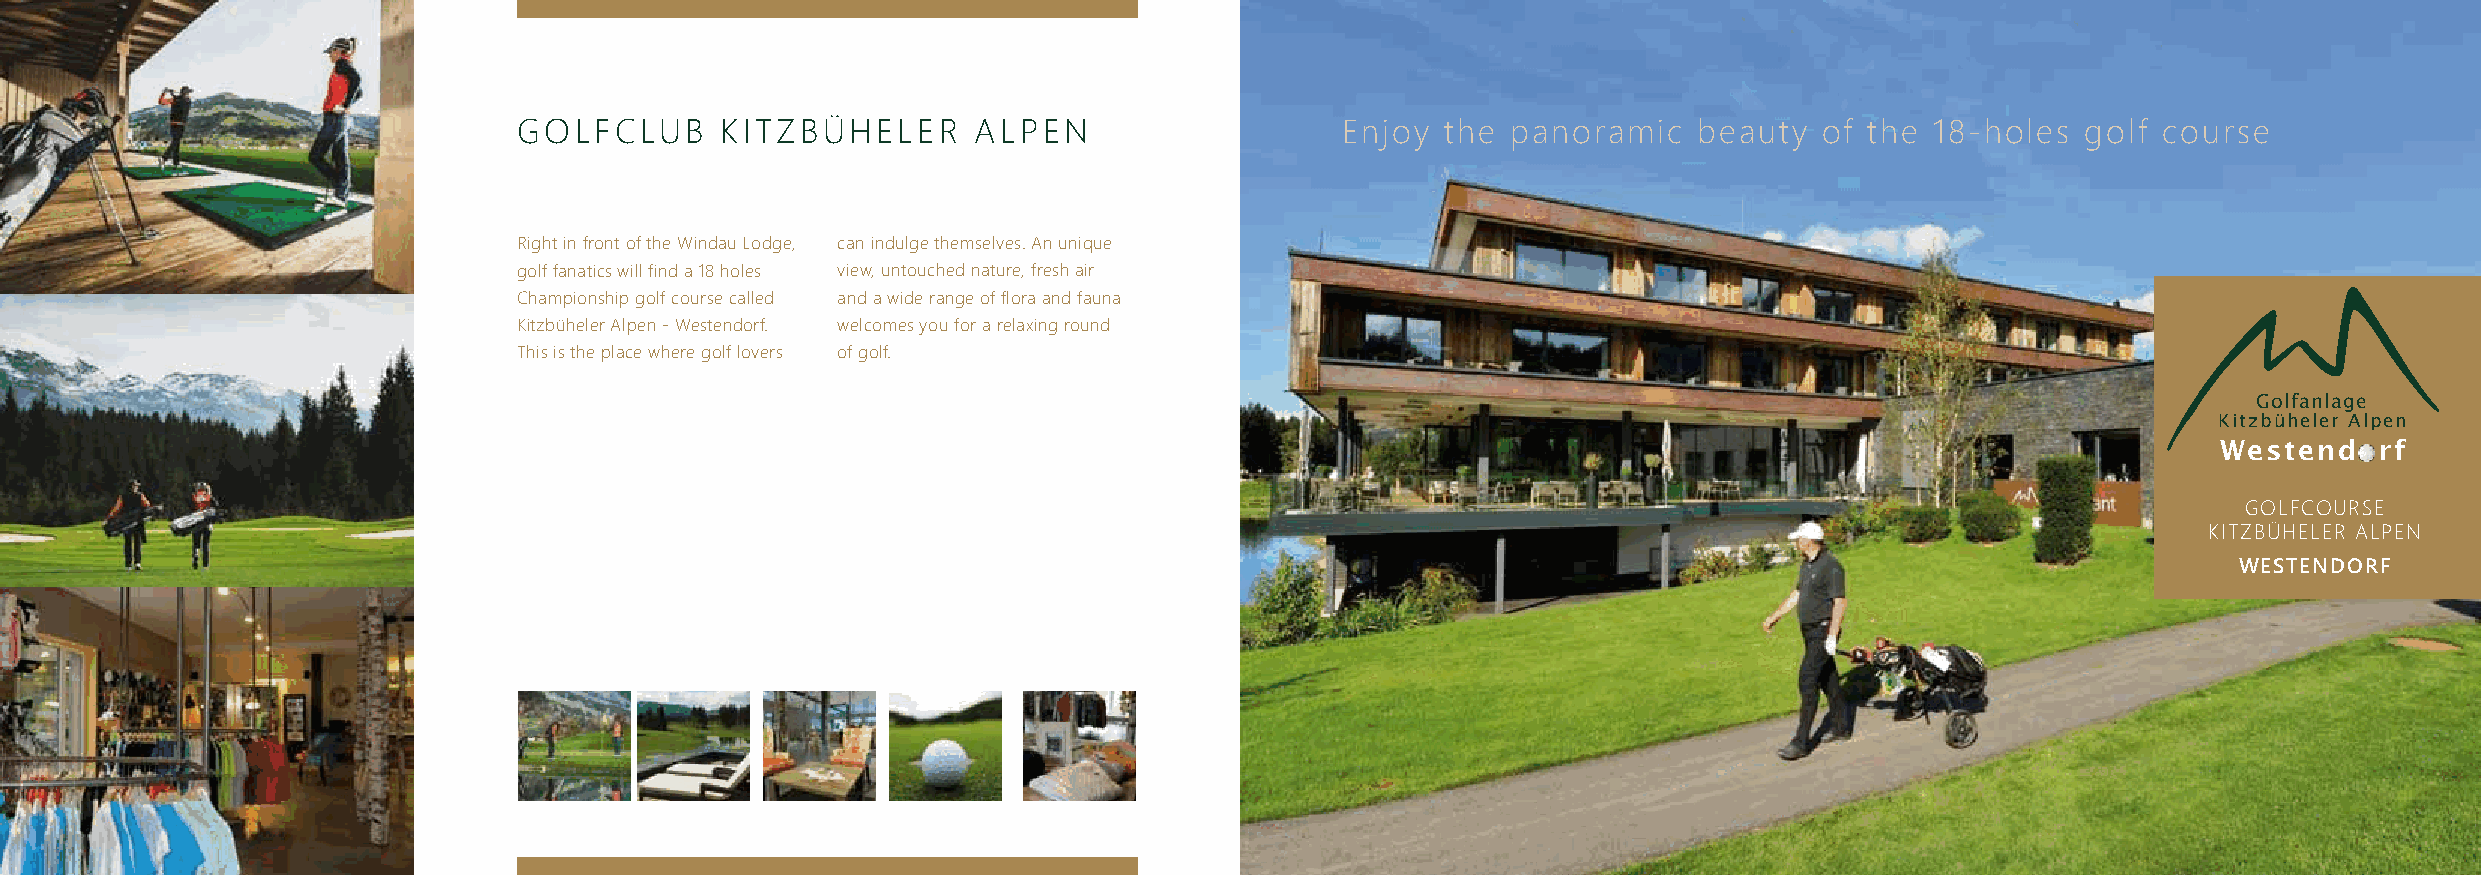
GOLfcLUB      kItZBÜhELEr     ALpEN                    Enjoy  the panoramic   beauty   of the 18-holes  golf course
 right in front of the Windau Lodge, can indulge themselves. An unique
 golf fanatics will find a 18 holes view, untouched nature, fresh air
 championship golf course called and a wide range of flora and fauna
 kitzbüheler Alpen - Westendorf. welcomes you for a relaxing round
 this is the place where golf lovers of golf.
 Golfanlage
 Kitzbüheler Alpen
 Westend   rf
 GOLfcOUrsE
 kItZBÜhELEr ALpEN
 WESTENDORF